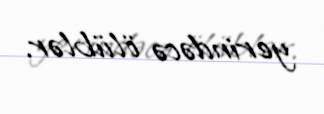
yerindəcə ölüblər.